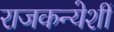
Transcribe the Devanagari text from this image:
राजकन्येशीं